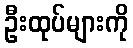
ဦးထုပ်များကို